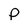
Character: P